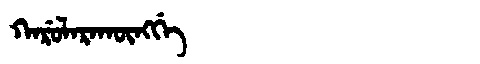
Manchu: ᡴᠠᡵᡠᠯᠠᡵᠠᡴᡡᠩᡤᡝ
Romanization: KARULARAKŪNGGE